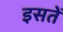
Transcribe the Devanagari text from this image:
इसतें